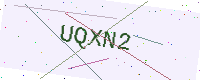
Text: UQXN2